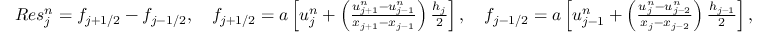
\begin{array} { r } { R e s _ { j } ^ { n } = f _ { j + 1 / 2 } - f _ { j - 1 / 2 } , \quad f _ { j + 1 / 2 } = a \left[ u _ { j } ^ { n } + \left( \frac { u _ { j + 1 } ^ { n } - u _ { j - 1 } ^ { n } } { x _ { j + 1 } - x _ { j - 1 } } \right) \frac { h _ { j } } { 2 } \right] , \quad f _ { j - 1 / 2 } = a \left[ u _ { j - 1 } ^ { n } + \left( \frac { u _ { j } ^ { n } - u _ { j - 2 } ^ { n } } { x _ { j } - x _ { j - 2 } } \right) \frac { h _ { j - 1 } } { 2 } \right] , } \end{array}